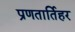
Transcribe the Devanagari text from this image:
प्रणतार्तिहर